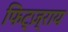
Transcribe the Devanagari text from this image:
फिट्ज़्राय